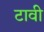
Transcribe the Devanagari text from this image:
टावी